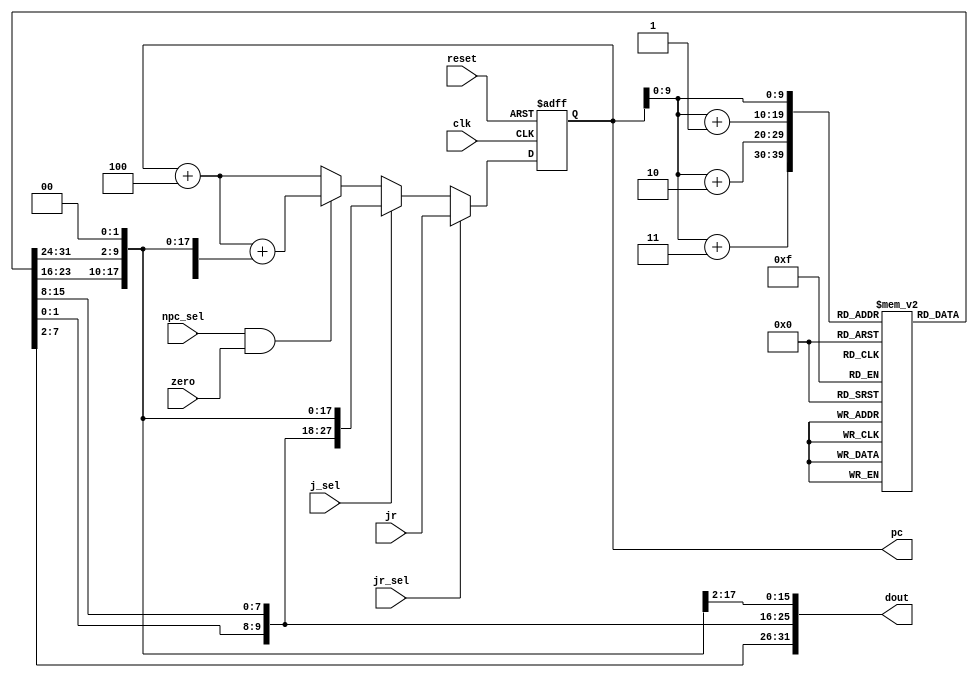
module ifu(input clk,input reset, input j_sel,input jr_sel,input npc_sel,input zero , input [31:0]jr,output reg [31:0]pc,output  [31:0]  dout);
    wire [31:0]npc,t4,t3,t2,t1,t0,extout,temp,j;
    wire [15:0]imm;
    reg     [7:0]  im[1023:0] ;

    assign imm=dout[15:0];
    assign temp={{16{imm[15]}},imm};
    assign extout=temp<<2;//

    assign j={pc[31:28],dout[25:0],2'b0};//

    assign dout={im[pc[9:0]],im[pc[9:0]+1],im[pc[9:0]+2],im[pc[9:0]+3]};
    
    always @(posedge clk , posedge reset) begin
        if(reset)
            pc<=32'h0000_3000;
        else
            pc<=npc;
    end

    assign npc=(jr_sel)?jr:t3;//
    assign t3=(j_sel)?j:t2;//
    assign t2=(npc_sel&&zero)?t1:t0;//
    assign t0=pc+4;//
    assign t1=t0+extout;//
endmodule